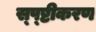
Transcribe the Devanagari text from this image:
स्प्ष्टीकरण